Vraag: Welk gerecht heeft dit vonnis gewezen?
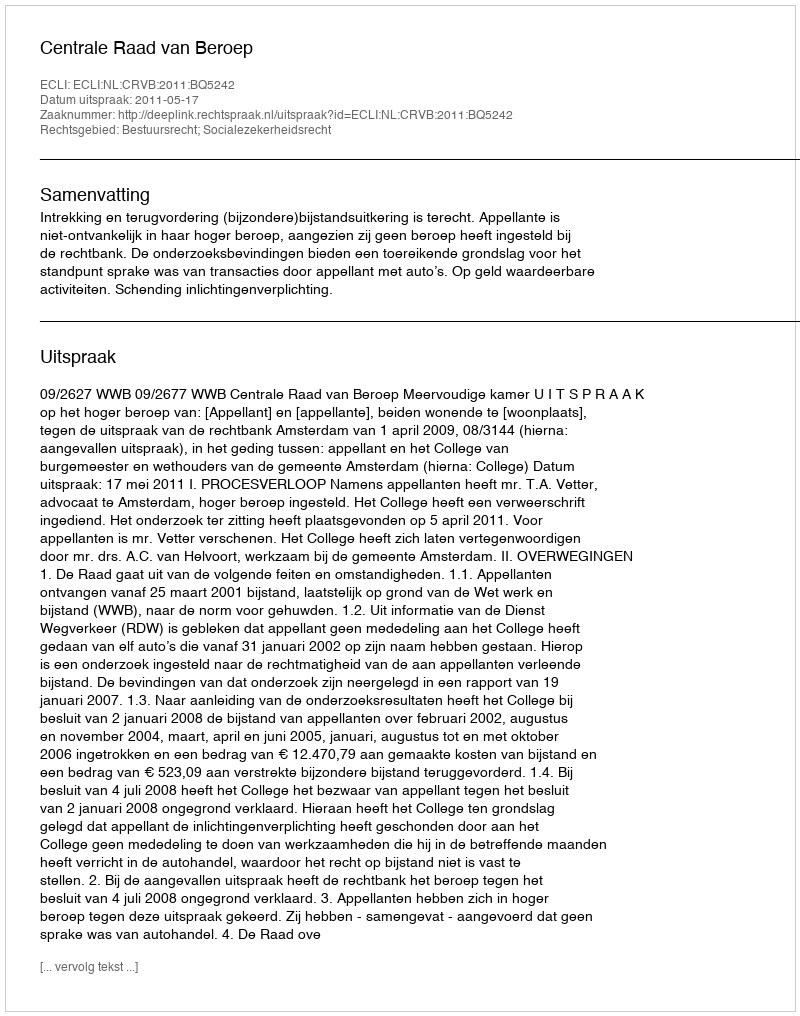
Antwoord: Centrale Raad van Beroep